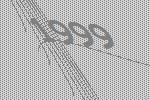
1999